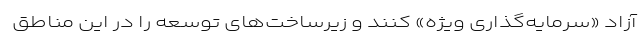
آزاد «سرمایه‌گذاری ویژه» کنند و زیرساخت‌های توسعه را در این مناطق